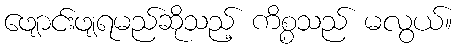
ဖျောင်းဖျရမည်ဆိုသည့် ကိစ္စသည် မလွယ်။